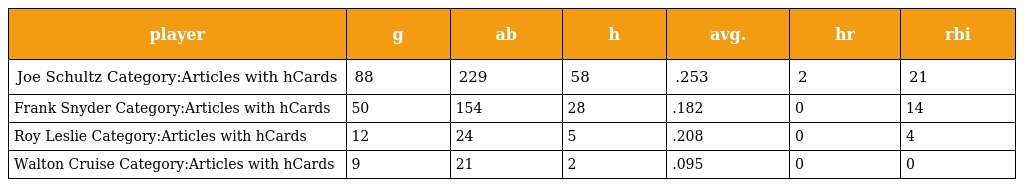
| player | g | ab | h | avg. | hr | rbi |
 | --- | --- | --- | --- | --- | --- | --- |
 | Joe Schultz Category:Articles with hCards | 88 | 229 | 58 | .253 | 2 | 21 |
 | Frank Snyder Category:Articles with hCards | 50 | 154 | 28 | .182 | 0 | 14 |
 | Roy Leslie Category:Articles with hCards | 12 | 24 | 5 | .208 | 0 | 4 |
 | Walton Cruise Category:Articles with hCards | 9 | 21 | 2 | .095 | 0 | 0 |